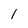
Character: 1